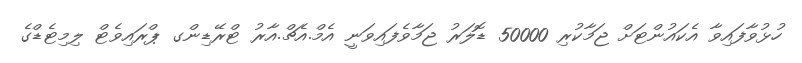
ހުޅުވާފައިވާ އެކައުންޓަށް ޖަމާކުރި 50000 ޑޮލަރު ޖަމާވެފައިވަނީ އެމް.އެޗް.އާރު ޓްރޭޑިންގ ޕްރައިވެޓް ލިމިޓެޑްގެ